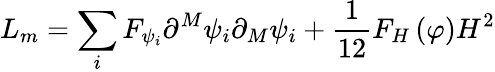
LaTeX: L_{m}=\sum_{i}F_{\psi_{i}}\partial^{M}\psi_{i}\partial_{M}\psi_{i}+\frac 1{12}F_{H}\left(\varphi\right)H^{2}